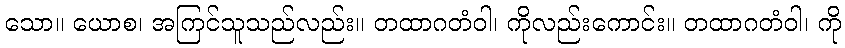
သော။ ယောစ၊ အကြင်သူသည်လည်း။ တထာဂတံဝါ၊ ကိုလည်းကောင်း။ တထာဂတံဝါ၊ ကို